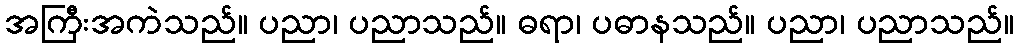
အကြီးအကဲသည်။ ပညာ၊ ပညာသည်။ ဓရာ၊ ပဓာနသည်။ ပညာ၊ ပညာသည်။